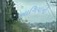
આગિયાની